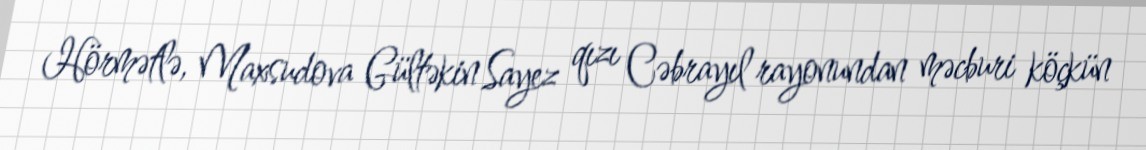
Hörmətlə, Maxsudova Gültəkin Sayez qızı Cəbrayıl rayonundan məcburi köçkün